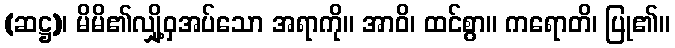
(ဆဋ္ဌ)၊ မိမိ၏လျှို့ဝှအပ်သော အရာကို။ အာဝိ၊ ထင်စွာ။ ကရောတိ၊ ပြု၏။